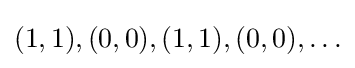
(1,1),(0,0),(1,1),(0,0),\ldots